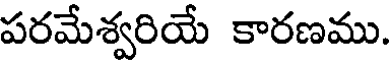
పరమేశ్వరియే కారణము.